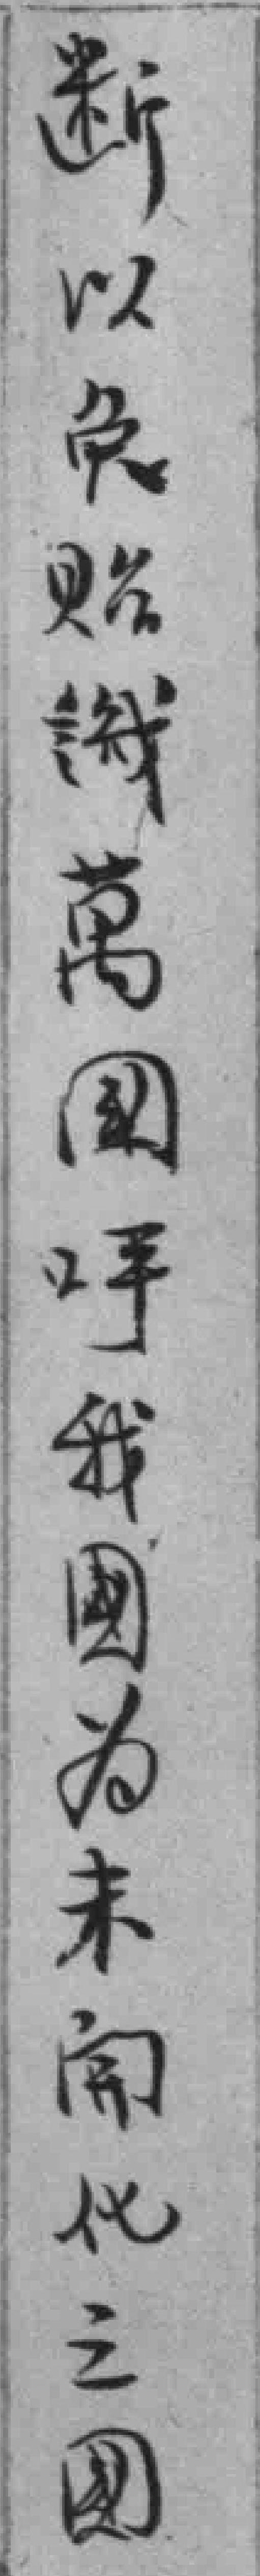
断以免贴織萬國呼我國为未開化之國